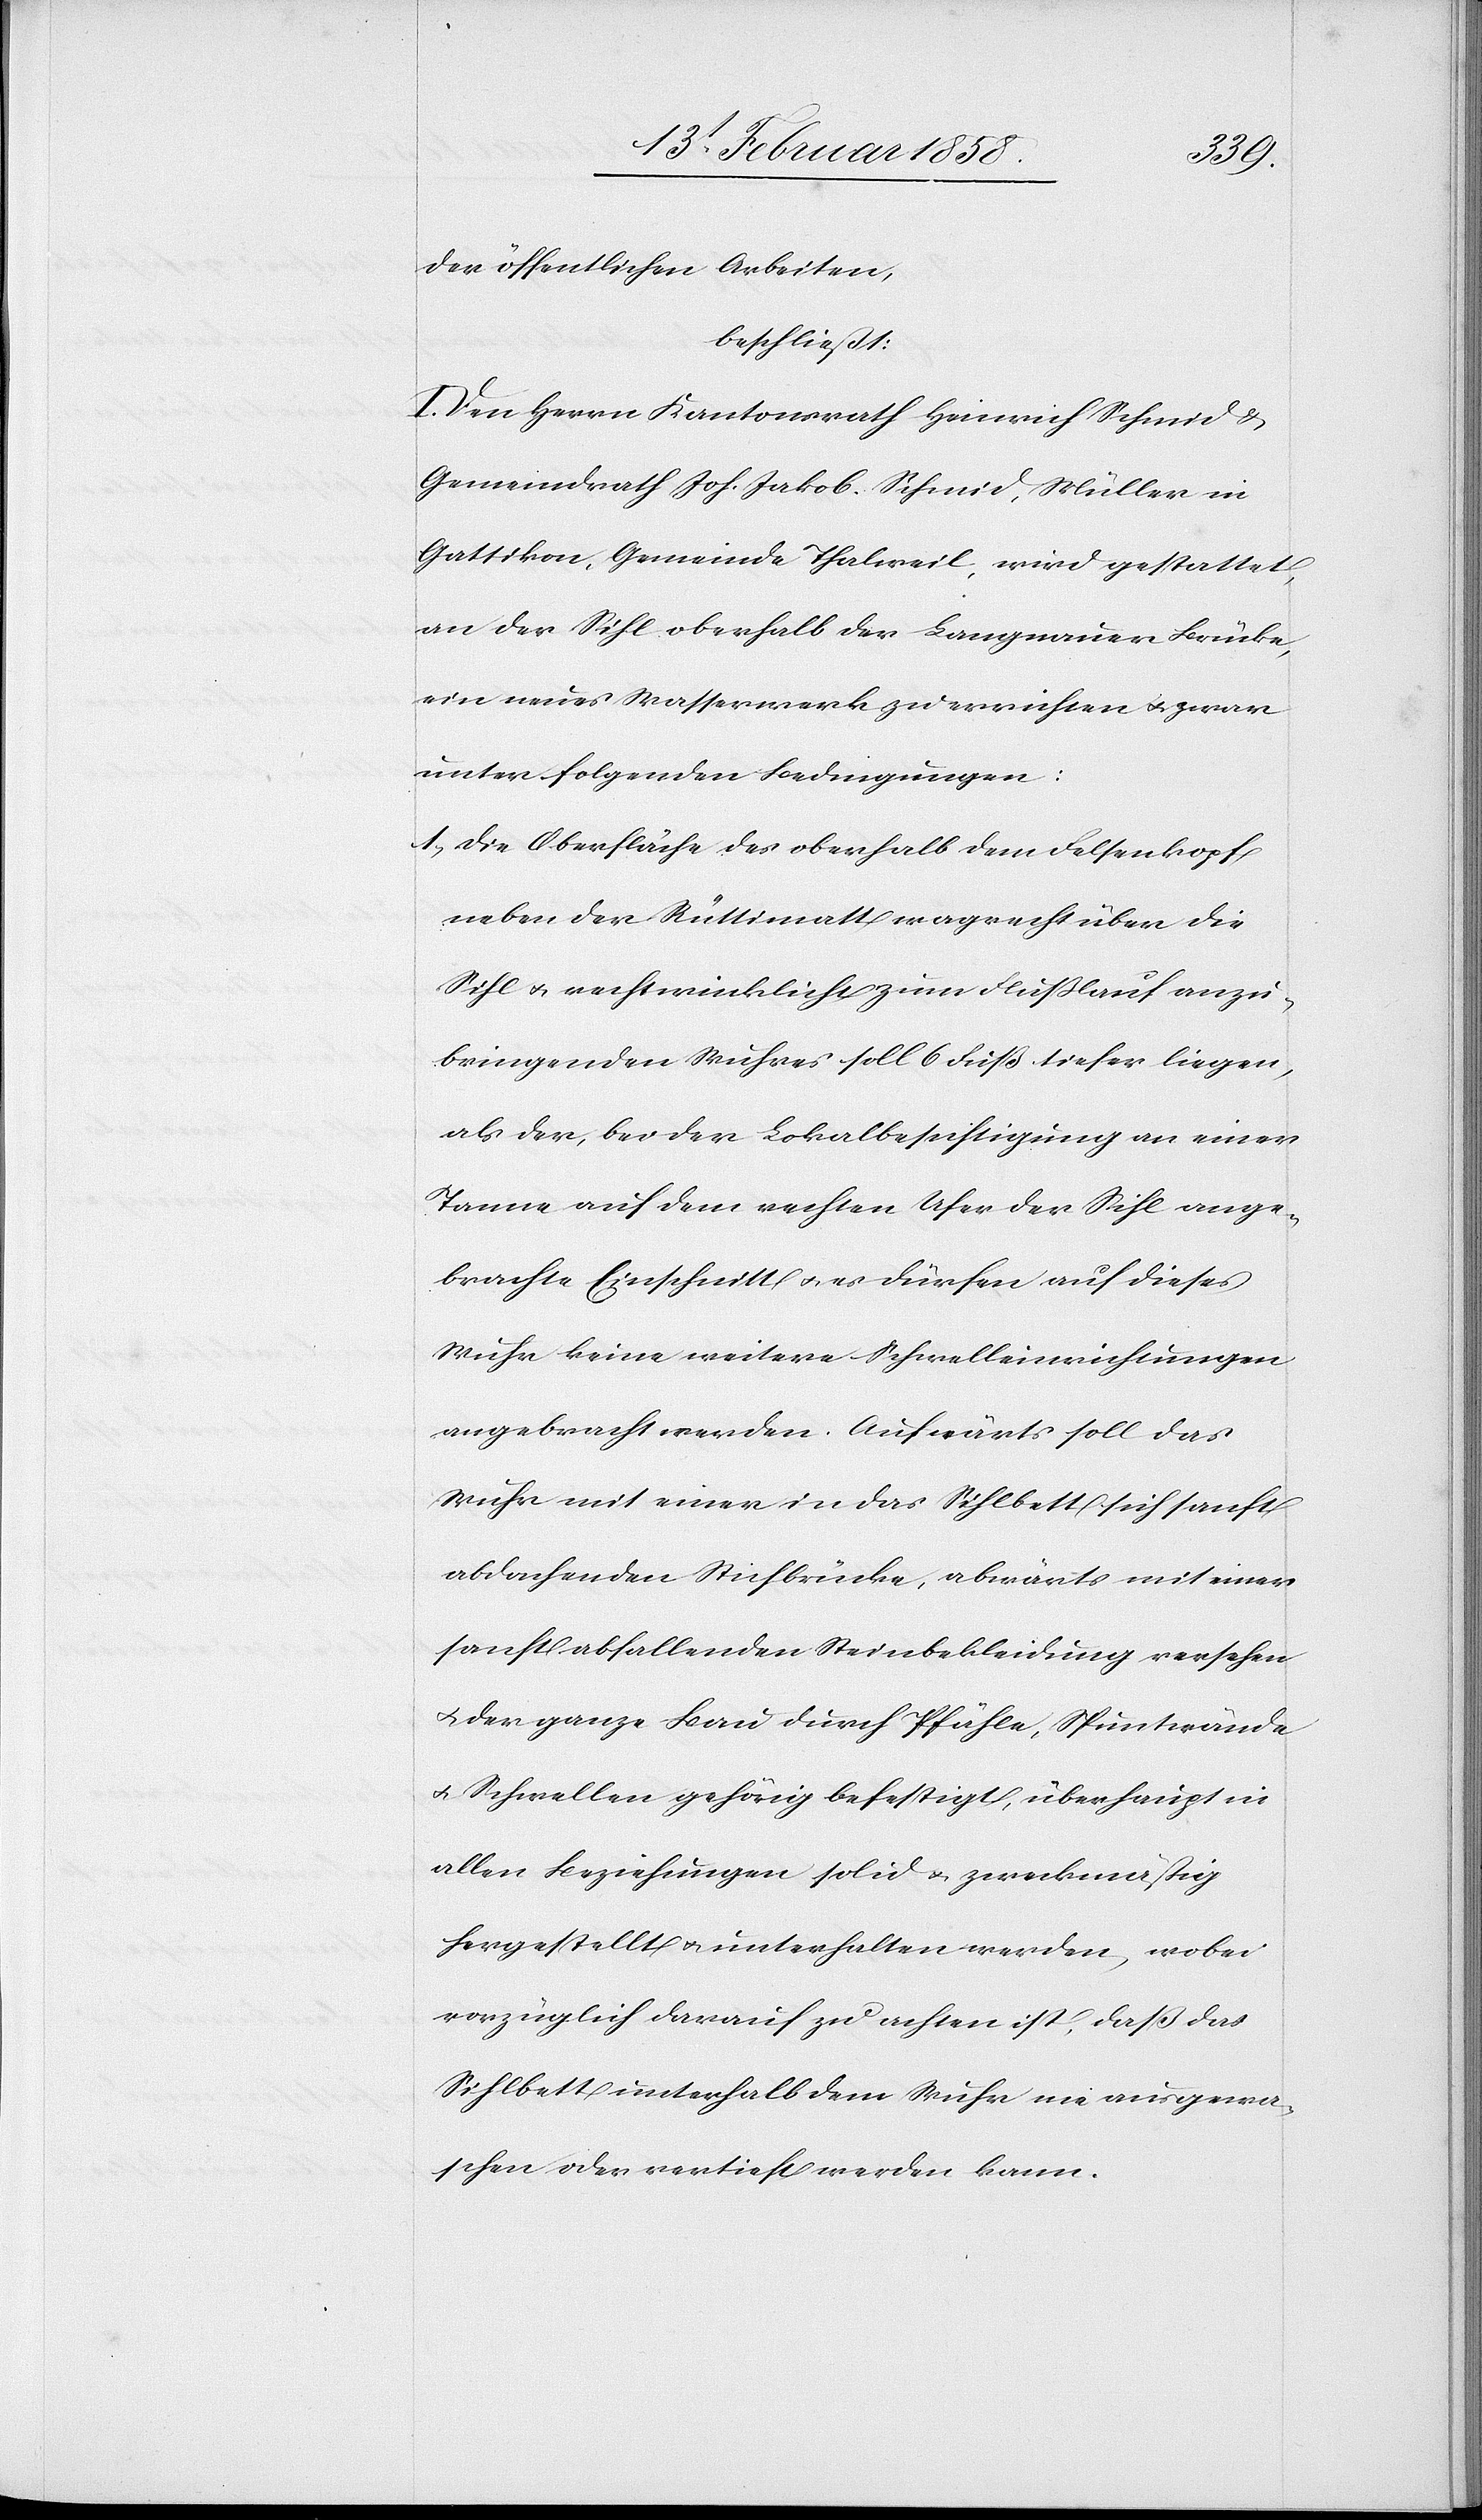
der öffentlichen Arbeiten,
beschließt:
I. Den Herrn Kantonsrath Heinrich Schmid &
Gemeindrath Joh. Jakob. Schmid, Müller in
Gattikon, Gemeinde Thalweil, wird gestattet,
an der Sihl oberhalb der Langnauer Brücke,
ein neues Wasserwerk zu errichten u. zwar
unter folgenden Bedingungen:
1. Die Oberfläche des oberhalb dem Felsenkopf
neben der Rüttimatt wagrecht über die
Sihl u. rechtwinklicht zum Flußlauf anzu¬
bringenden Wuhres soll 6 Fuß tiefer liegen,
als der, bei der Lokalbesichtigung an einer
Tanne auf dem rechten Ufer der Sihl ange¬
brachte Einschnitt u. es dürfen auf dieses
Wuhr keine weitere Schwelleinrichtungen
angebracht werden. Aufwärts soll das
Wuhr mit einer in das Sihlbett sich sanft
abdachenden Stichbrücke, abwärts mit einer
sanft abfallenden Steinbekleidung versehen
u. der ganze Bau durch Pfähle, Spuntwände
u. Schwellen gehörig befestigt, überhaupt in
allen Beziehungen solid u. zweckmäßig
hergestellt u. unterhalten werden, wobei
vorzüglich darauf zu achten ist, daß das
Sihlbett unterhalb dem Wuhr nie ausgewa¬
schen oder vertieft werden kann.